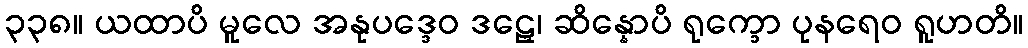
၃၃၈။ ယထာပိ မူလေ အနုပဒ္ဒေဝ ဒဠှေ၊ ဆိန္နောပိ ရုက္ခော ပုနရေဝ ရူဟတိ။